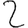
Digit: 2